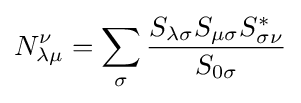
N_{\lambda \mu }^{\nu }=\sum _{\sigma }{\frac {S_{\lambda \sigma }S_{\mu \sigma }S_{\sigma \nu }^{*}}{S_{0\sigma }}}